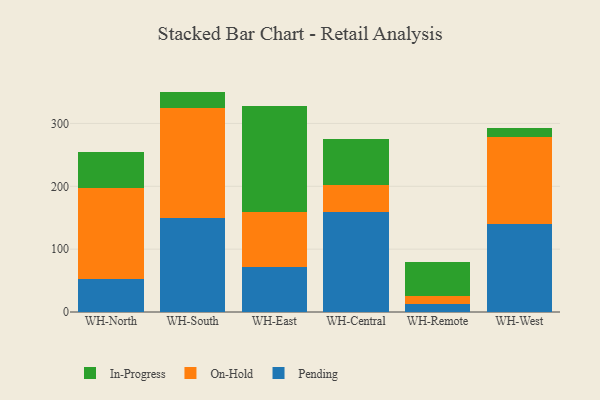
{"axis": {"x": "Warehouse", "y": "Revenue (USD Million)"}, "legend": ["In-Progress", "On-Hold", "Pending"], "data": [{"x": "WH-North", "y": 52.9, "type": "Pending"}, {"x": "WH-North", "y": 144.0, "type": "On-Hold"}, {"x": "WH-North", "y": 57.6, "type": "In-Progress"}, {"x": "WH-South", "y": 149.7, "type": "Pending"}, {"x": "WH-South", "y": 174.4, "type": "On-Hold"}, {"x": "WH-South", "y": 26.6, "type": "In-Progress"}, {"x": "WH-East", "y": 71.6, "type": "Pending"}, {"x": "WH-East", "y": 88.3, "type": "On-Hold"}, {"x": "WH-East", "y": 168.4, "type": "In-Progress"}, {"x": "WH-Central", "y": 159.6, "type": "Pending"}, {"x": "WH-Central", "y": 41.9, "type": "On-Hold"}, {"x": "WH-Central", "y": 74.0, "type": "In-Progress"}, {"x": "WH-Remote", "y": 12.0, "type": "Pending"}, {"x": "WH-Remote", "y": 13.5, "type": "On-Hold"}, {"x": "WH-Remote", "y": 54.6, "type": "In-Progress"}, {"x": "WH-West", "y": 140.5, "type": "Pending"}, {"x": "WH-West", "y": 138.0, "type": "On-Hold"}, {"x": "WH-West", "y": 14.9, "type": "In-Progress"}]}